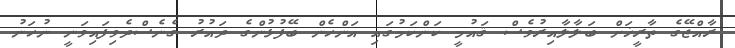
ރާއްޖޭގެ ތާރީޚަށް ބަލާލާއިރުވެސް ޤައުމީ ކަންކަމުގައި އަންހެން ބޭފުޅުންގެ ދައުރު ގެނެސްދެވިފައިވަނީ ނުހަނު